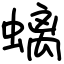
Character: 螭